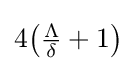
{\textstyle 4\!\left({\frac {\Lambda }{\delta }}+1\right)}